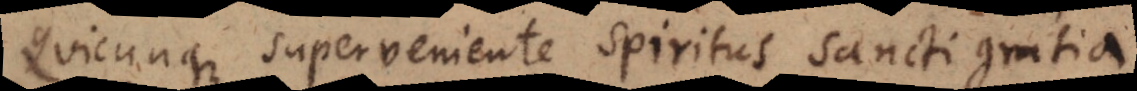
Quicunque superveniente Spiritus Sancti gratia,